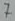
Text: 7